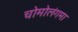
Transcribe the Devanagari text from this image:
चोमोलंगमा